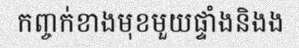
កញ្ចក់ខាងមុខមួយផ្ទាំងនិងង